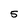
Character: 5